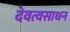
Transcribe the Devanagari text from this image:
देवत्वसाधन